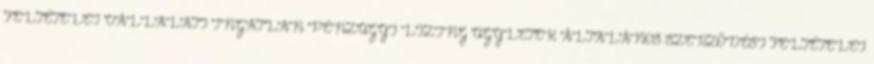
FELTÉTELEI VÁLLALATI INGATLAN PÉNZÜGYI LÍZING ÜGYLETEK ÁLTALÁNOS SZERZŐDÉSI FELTÉTELEI